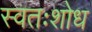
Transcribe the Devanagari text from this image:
स्वतःशोध